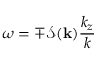
\omega = \mp \mathcal { S } ( \mathbf { k } ) \frac { k _ { z } } { k }